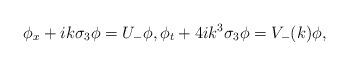
LaTeX: \begin{align*} \phi_x+ik\sigma_3\phi=U_{-}\phi, \phi_t+4ik^3\sigma_3\phi=V_{-}(k)\phi,\end{align*}